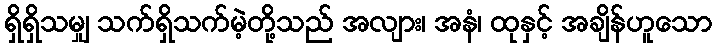
ရှိရှိသမျှ သက်ရှိသက်မဲ့တို့သည် အလျား၊ အနံ၊ ထုနှင့် အချိန်ဟူသော